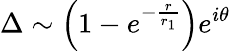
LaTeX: \Delta\sim\left(1-e^{-\frac r{r_{1}}}\right)e^{i\theta}